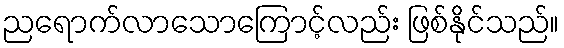
ညရောက်လာသောကြောင့်လည်း ဖြစ်နိုင်သည်။